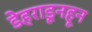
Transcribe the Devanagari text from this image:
डेहराडूनहून